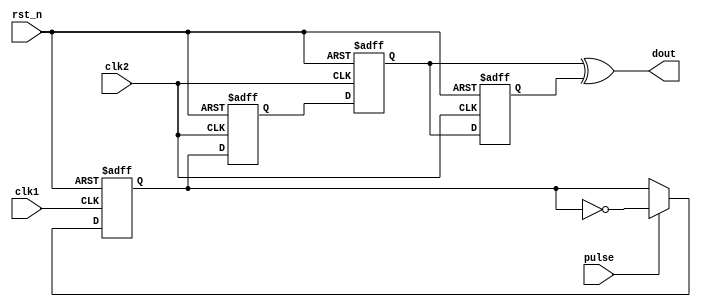
`timescale 1ns / 1ps 
//****************************************VSCODE PLUG-IN**********************************// 
//---------------------------------------------------------------------------------------- 
// IDE :                   VSCODE      
// VSCODE plug-in version: Verilog-Hdl-Format-1.5.20240322
// VSCODE plug-in author : Jiang Percy 
//---------------------------------------------------------------------------------------- 
//****************************************Copyright (c)***********************************// 
// Copyright(C)            COMPANY_NAME
// All rights reserved      
// File name:               
// Last modified Date:     2024/03/24 10:23:01 
// Last Version:           V1.0 
// Descriptions:            
//---------------------------------------------------------------------------------------- 
// Created date:           2024/03/24 10:23:01 
// Version:                V1.0 
// TEXT NAME:              pulse_sync.v 
// PATH:                   D:\Allcodes\v\pulse_sync\src\pulse_sync.v 
// Descriptions:            
//                          
//---------------------------------------------------------------------------------------- 
//****************************************************************************************// 

module pulse_sync(
    input                               clk1                        ,
    input clk2,
    input                               rst_n  ,
    input pulse,
    output dout                    
);
    reg din,d1,d2,d3;
        always @(posedge clk1 or negedge rst_n)           
            begin                                        
                if(!rst_n)                               
                    din <= 0;                                                                
                else if (pulse) begin
                    din <= ~din;
                end
                else
                    din <= din;
                                                          
            end                                                                                              
    always @(posedge clk2 or negedge rst_n)           
        begin                                        
            if(!rst_n)  begin
                d1 <= 0;
            end                             
                                                     
            else begin
                d1 <= din;
            end                                                                
        end          
     always @(posedge clk2 or negedge rst_n)           
         begin                                        
             if(!rst_n)                               
                 d2 <= 0;                                                                  
             else      
                d2 <= d1;                               
         end      
     always @(posedge clk2 or negedge rst_n)           
         begin                                        
             if(!rst_n)                               
                 d3 <= 0;                                                                  
             else      
                d3 <= d2;                               
         end   
    assign dout = d2 ^ d3 ;                                                                                                                                          
endmodule